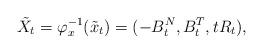
LaTeX: \begin{align*}\tilde{X}_t=\varphi_x^{-1}(\tilde{x}_t)=(-B^N_t, B^T_t, tR_t),\end{align*}